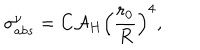
LaTeX: \sigma _ { a b s } ^ { \nu } = C { \cal A } _ { H } \left( \frac { r _ { 0 } } { R } \right) ^ { 4 } ,